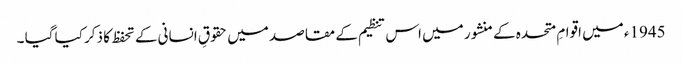
1945ء میں اقوامِ متحدہ کے منشور میں اس تنظیم کے مقاصد میں حقوقِ انسانی کے تحفظ کا ذکر کیا گیا ۔